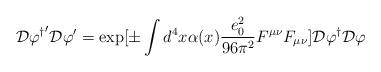
LaTeX: \begin{align*}{\cal D}{\varphi^{\dagger}}^{\prime}{\cal D}\varphi^{\prime}=\exp[\pm\int d^{4}x\alpha(x)\frac{e_{0}^{2}}{96\pi^{2}}F^{\mu\nu}F_{\mu\nu} ] {\cal D}{\varphi^{\dagger}}{\cal D}\varphi\end{align*}